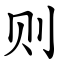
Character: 则